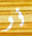
أو